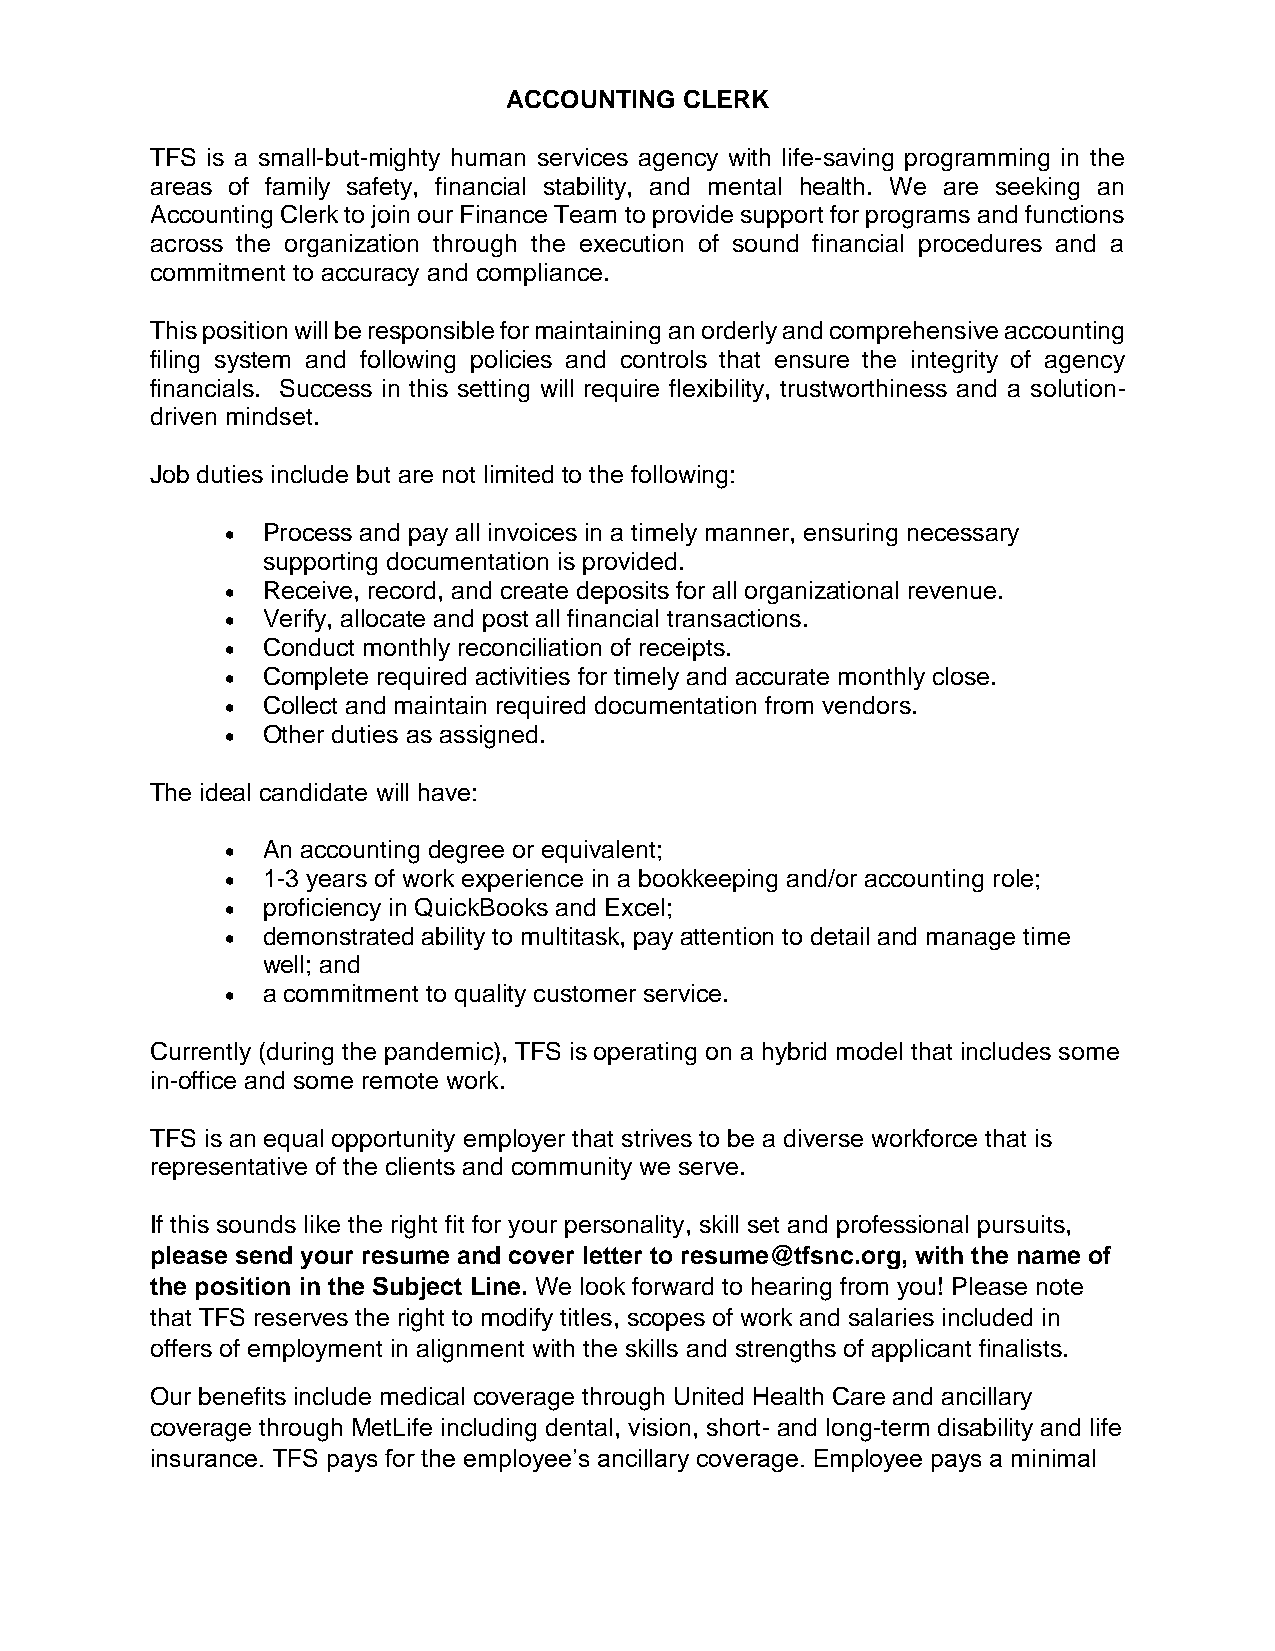
ACCOUNTING CLERK
 TFS is a small-but-mighty human services agency with life-saving programming in the
 areas of family safety, financial stability, and mental health. We are seeking an
 Accounting Clerk to join our Finance Team to provide support for programs and functions
 across the organization through the execution of sound financial procedures and a
 commitment to accuracy and compliance.
 This position will be responsible for maintaining an orderly and comprehensive accounting
 filing system and following policies and controls that ensure the integrity of agency
 financials. Success in this setting will require flexibility, trustworthiness and a solution-
 driven mindset.
 Job duties include but are not limited to the following:
 • Process and pay all invoices in a timely manner, ensuring necessary
 supporting documentation is provided.
 • Receive, record, and create deposits for all organizational revenue.
 • Verify, allocate and post all financial transactions.
 • Conduct monthly reconciliation of receipts.
 • Complete required activities for timely and accurate monthly close.
 • Collect and maintain required documentation from vendors.
 • Other duties as assigned.
 The ideal candidate will have:
 • An accounting degree or equivalent;
 • 1-3 years of work experience in a bookkeeping and/or accounting role;
 • proficiency in QuickBooks and Excel;
 • demonstrated ability to multitask, pay attention to detail and manage time
 well; and
 • a commitment to quality customer service.
 Currently (during the pandemic), TFS is operating on a hybrid model that includes some
 in-office and some remote work.
 TFS is an equal opportunity employer that strives to be a diverse workforce that is
 representative of the clients and community we serve.
 If this sounds like the right fit for your personality, skill set and professional pursuits,
 please send your resume and cover letter to resume@tfsnc.org, with the name of
 the position in the Subject Line. We look forward to hearing from you! Please note
 that TFS reserves the right to modify titles, scopes of work and salaries included in
 offers of employment in alignment with the skills and strengths of applicant finalists.
 Our benefits include medical coverage through United Health Care and ancillary
 coverage through MetLife including dental, vision, short- and long-term disability and life
 insurance. TFS pays for the employee’s ancillary coverage. Employee pays a minimal